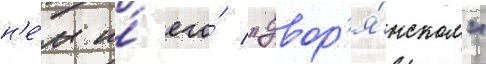
н'е́м и́ его́ "двор'я́нском"